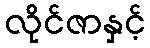
လိုင်ဇာနှင့်